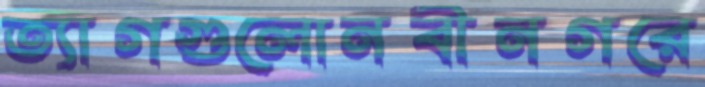
ত্যাগগুলোনবীনগরে